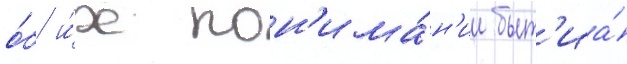
о́б и́х пон'има́н'ии быт'иа́